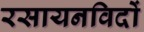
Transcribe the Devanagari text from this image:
रसायनविदों